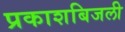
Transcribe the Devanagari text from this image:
प्रकाशबिजली